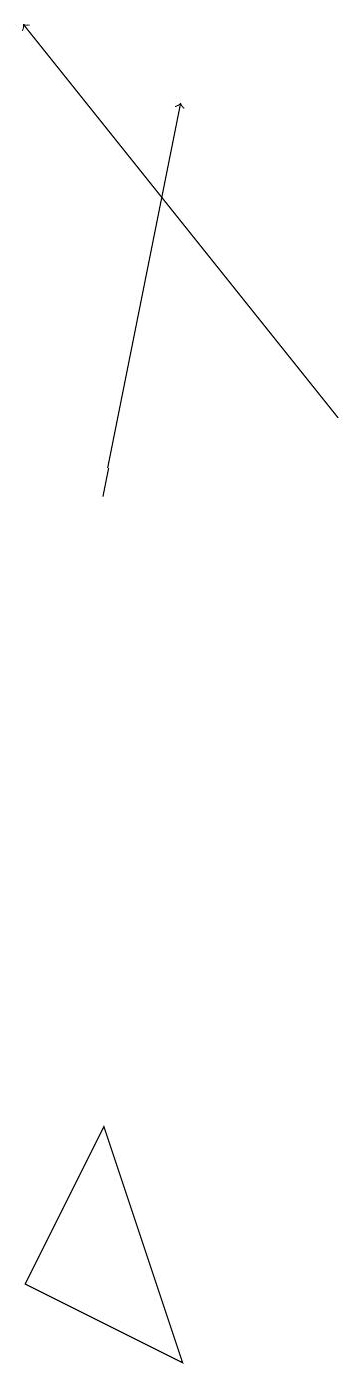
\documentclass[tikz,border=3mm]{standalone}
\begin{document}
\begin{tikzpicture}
\draw[->] (8,13) -- (4,18);
\draw[->] (5,12) -- (6,17);
\draw (6,1) -- (4,2) -- (5,4) -- cycle;
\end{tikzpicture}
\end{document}